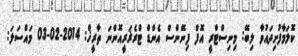
ކޮލަމާފުށިދައުވާ ލިބޭ: މިނިސްޓްރީ އޮފް ފިނޭންސް އެންޑް ޓްރެޜަރީއޮންނަ ތާރީޚް: 2014-02-03 މައްސަލަ: